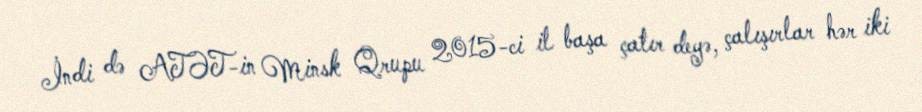
İndi də ATƏT-in Minsk Qrupu 2015-ci il başa çatır deyə, çalışırlar hər iki